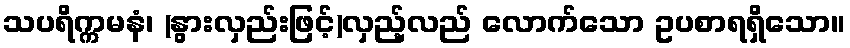
သပရိက္ကမနံ၊ (နွားလှည်းဖြင့်)လှည့်လည် လောက်သော ဥပစာရရှိသော။